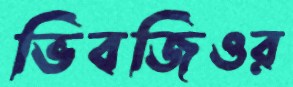
ভিবজিওর